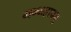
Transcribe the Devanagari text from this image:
मन्महाप्रभु